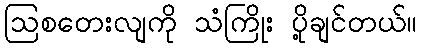
ဩစတေးလျကို သံကြိုး ပို့ချင်တယ်။